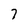
Character: 7